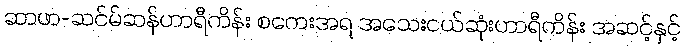
ဆာဖာ-ဆင်မ်ဆန်ဟာရီကိန်း စကေးအရ အသေးငယ်ဆုံးဟာရီကိန်း အဆင့်နှင့်